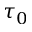
\tau _ { 0 }